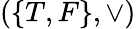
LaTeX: (\{ T,F\} ,\lor)